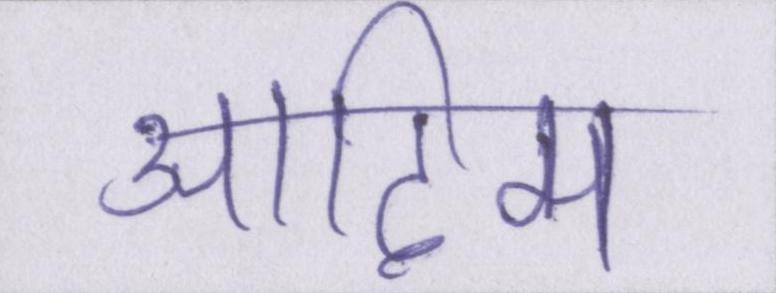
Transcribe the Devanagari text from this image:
आदिम